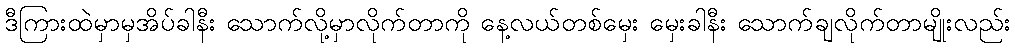
ဒီကြားထဲမှာမှအိပ်ခါနီး သောက်လို့မှာလိုက်တာကို နေ့လယ်တစ်မှေး မှေးခါနီး သောက်ချလိုက်တာမျိုးလည်း